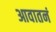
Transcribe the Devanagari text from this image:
आवातनं